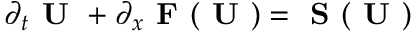
\partial _ { t } \textbf { U } + \partial _ { x } \textbf { F } ( \textbf { U } ) = \textbf { S } ( \textbf { U } )